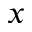
x